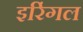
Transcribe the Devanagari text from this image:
इरिंगल